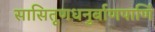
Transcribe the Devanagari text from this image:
सासितूणधनुर्बाणपाणिं